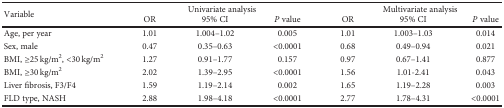
| <ROWSPAN=2> Variable | <COLSPAN=3> Univariate analysis | <COLSPAN=3> Multivariate analysis |
 | OR | 95% CI | P value | OR | 95% CI | P value |
 | --- | --- | --- | --- | --- | --- | --- |
 | Age, per year | 1.01 | 1.004–1.02 | 0.005 | 1.01 | 1.003–1.03 | 0.014 |
 | Sex, male | 0.47 | 0.35–0.63 | <0.0001 | 0.68 | 0.49–0.94 | 0.021 |
 | BMI, ≥25 kg/m2, <30 kg/m2 | 1.27 | 0.91–1.77 | 0.157 | 0.97 | 0.67–1.41 | 0.877 |
 | BMI, ≥30 kg/m2 | 2.02 | 1.39–2.95 | <0.0001 | 1.56 | 1.01-2.41 | 0.043 |
 | Liver fibrosis, F3/F4 | 1.59 | 1.19–2.14 | 0.002 | 1.65 | 1.19–2.28 | 0.003 |
 | FLD type, NASH | 2.88 | 1.98–4.18 | <0.0001 | 2.77 | 1.78–4.31 | <0.0001 |